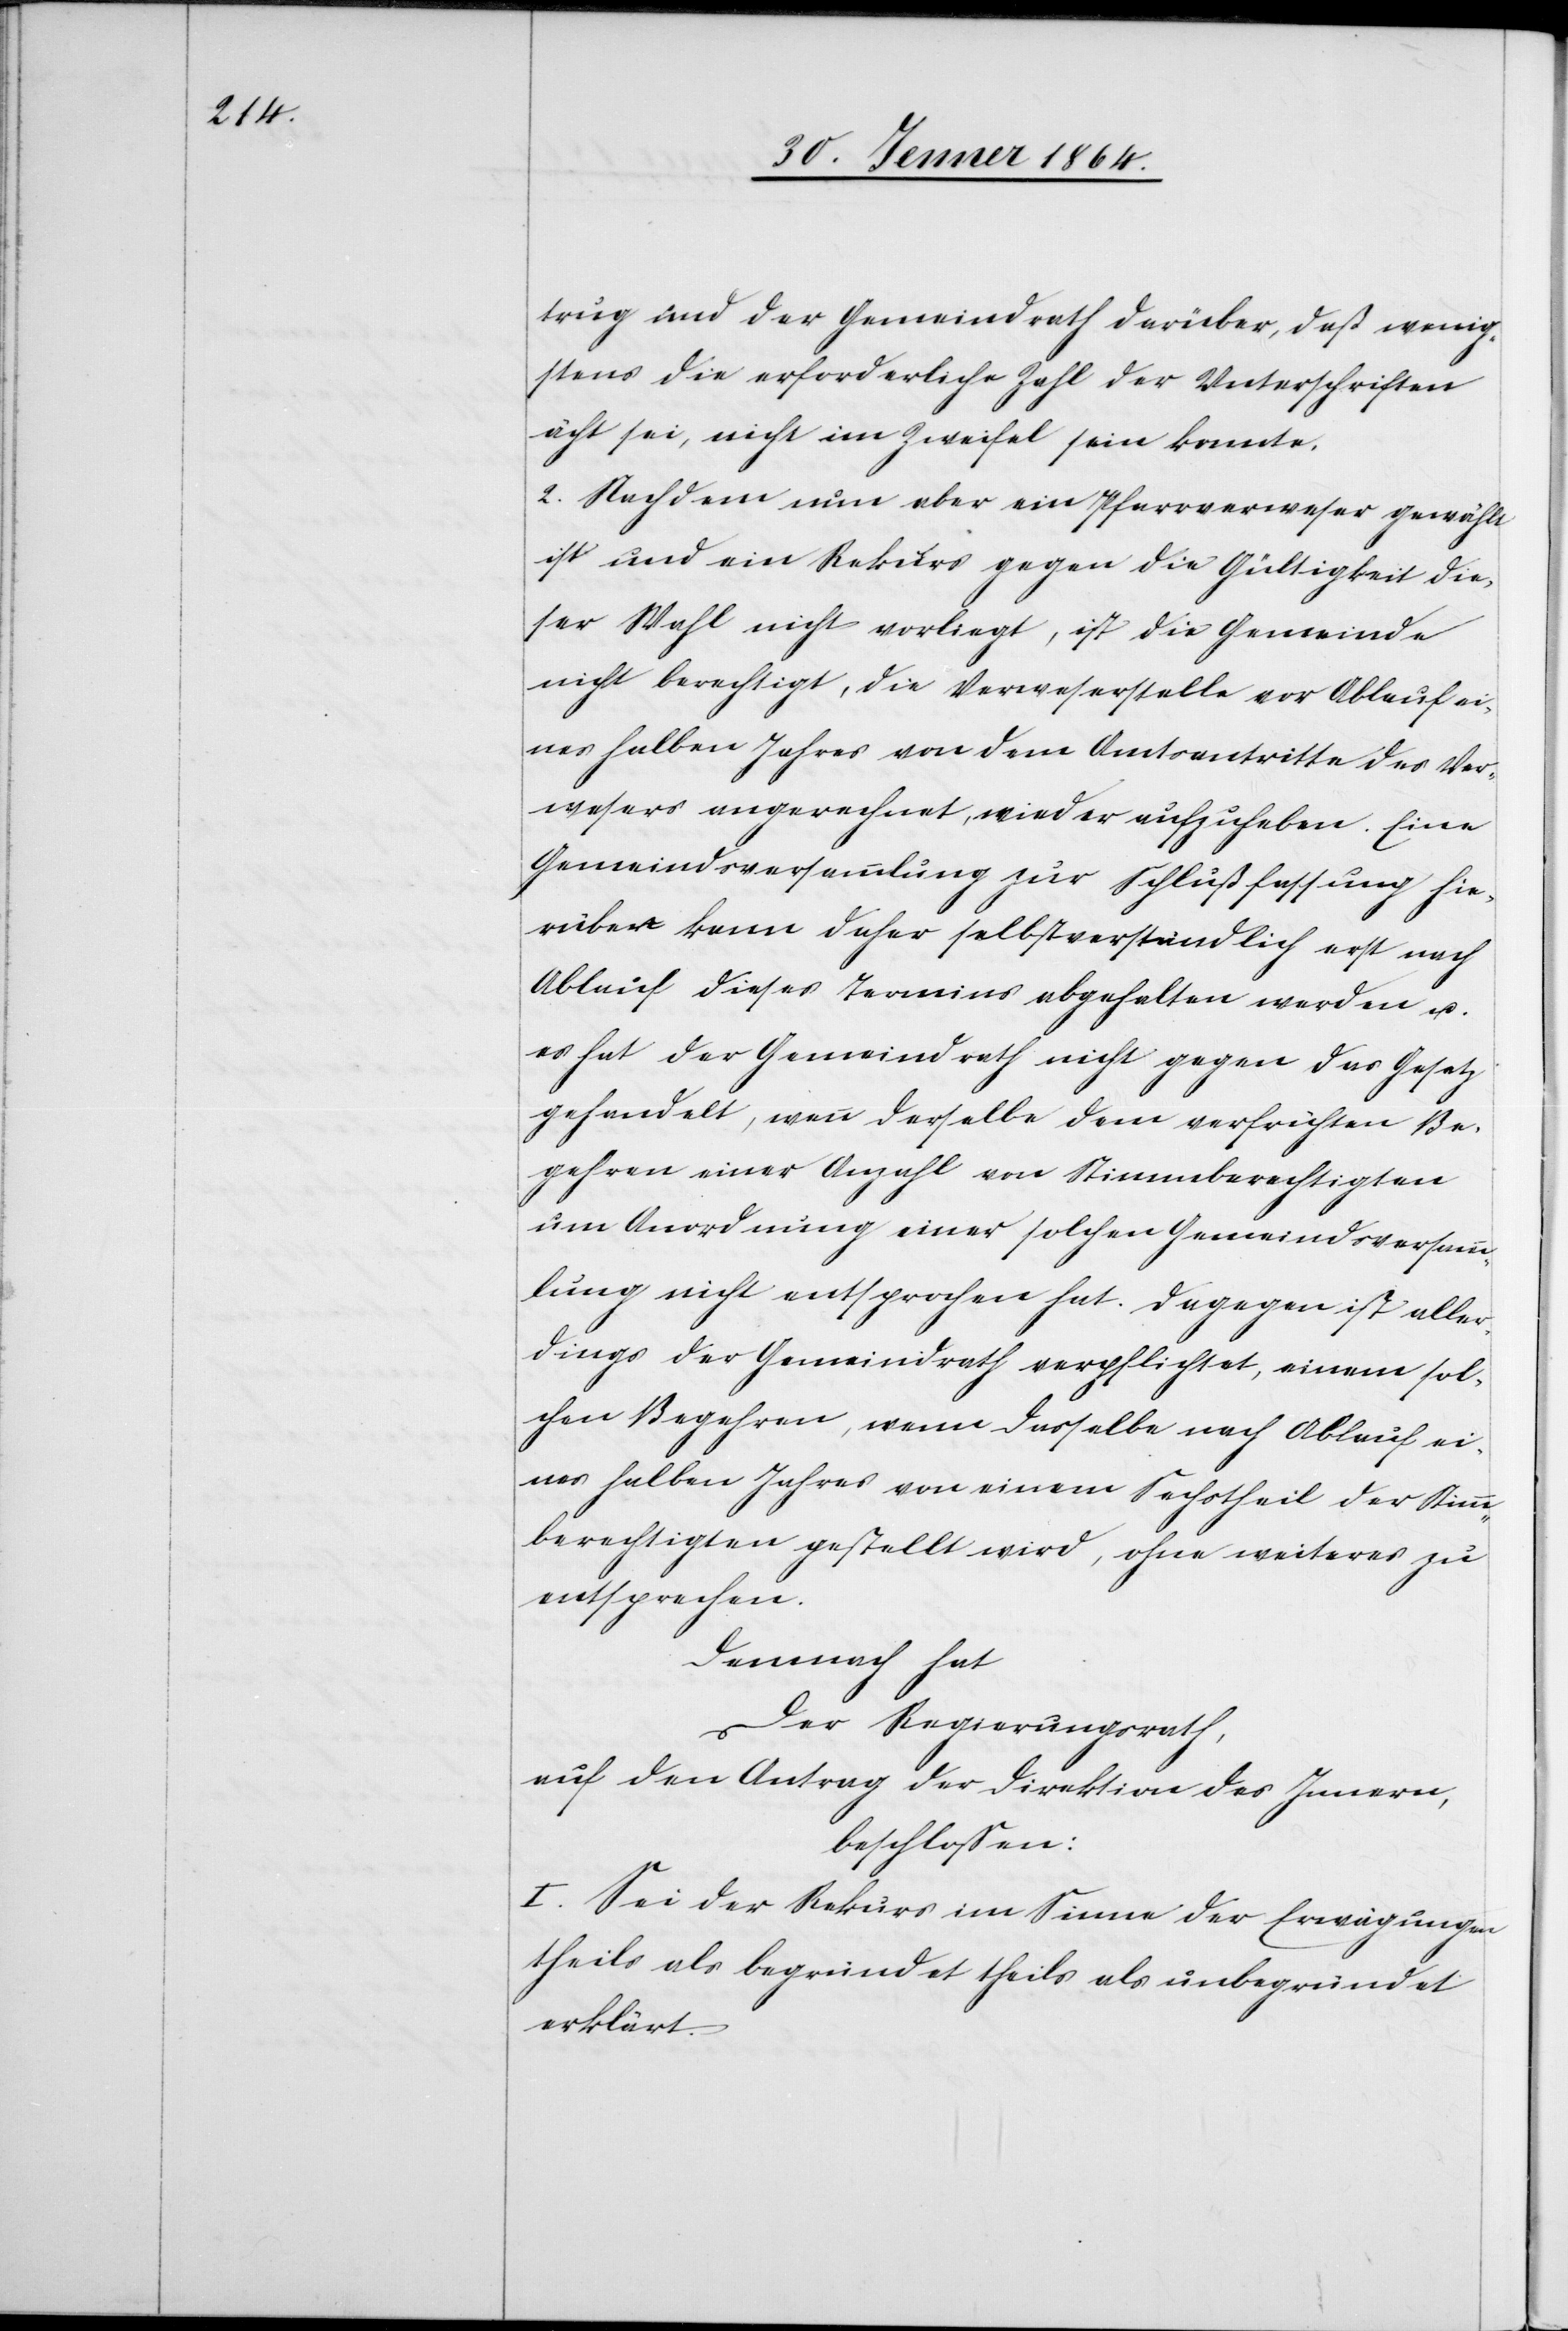
trug und der Gemeindrath darüber, daß wenig¬
stens die erforderliche Zahl der Unterschriften
ächt sei, nicht im Zweifel sein konnte.
2. Nachdem nun aber ein Pfarrverweser gewählt
ist und ein Rekurs gegen die Gültigkeit die¬
ser Wahl nicht vorliegt, ist die Gemeinde
nicht berechtigt, die Verweserstelle vor Ablauf ei¬
nes halben Jahres von dem Amtsantritte des Ver¬
wesers angerechnet, wieder aufzuheben. Eine
Gemeindsversammlung zur Schlußfassung hie¬
rüber kann daher selbstverständlich erst nach
Ablauf dieses Termins abgehalten werden u.
es hat der Gemeindrath nicht gegen das Gesetz
gehandelt, wenn derselbe dem verfrühten Be¬
gehren einer Anzahl von Stimmberechtigten
um Anordnung einer solchen Gemeindsversamm¬
lung nicht entsprochen hat. Dagegen ist aller¬
dings der Gemeindrath verpflichtet, einem sol¬
chen Begehren, wenn dasselbe nach Ablauf ei¬
nes halben Jahres von einem Sechstheil der Stimm¬
berechtigten gestellt wird, ohne weiteres zu
entsprechen.
Demnach hat
Der Regierungsrath,
auf den Antrag der Direktion des Innern,
beschlossen:
I. Sei der Rekurs im Sinne der Erwägungen
theils als begründet theils als unbegründet
erklärt.